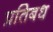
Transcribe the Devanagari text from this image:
प्रतिबध